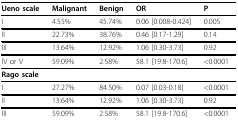
<table><thead><tr><td><b>Ueno scale</b></td><td><b>Malignant</b></td><td><b>Benign</b></td><td><b>OR</b></td><td><b>P</b></td></tr></thead><tbody><tr><td>I</td><td>4.55%</td><td>45.74%</td><td>0.06 [0.008-0.424]</td><td>0.005</td></tr><tr><td>II</td><td>22.73%</td><td>38.76%</td><td>0.46 [0.17-1.29]</td><td>0.14</td></tr><tr><td>III</td><td>13.64%</td><td>12.92%</td><td>1.06 [0.30-3.73]</td><td>0.92</td></tr><tr><td>IV or V</td><td>59.09%</td><td>2.58%</td><td>58.1 [19.8-170.6]</td><td>&lt;0.0001</td></tr><tr><td><b>Rago scale</b></td><td></td><td></td><td></td><td></td></tr><tr><td>I</td><td>27.27%</td><td>84.50%</td><td>0.07 [0.03-0.18]</td><td>&lt;0.0001</td></tr><tr><td>II</td><td>13.64%</td><td>12.92%</td><td>1.06 [0.30-3.73]</td><td>0.92</td></tr><tr><td>III</td><td>59.09%</td><td>2.58%</td><td>58.1 [19.8-170.6]</td><td>&lt;0.0001</td></tr></tbody></table>